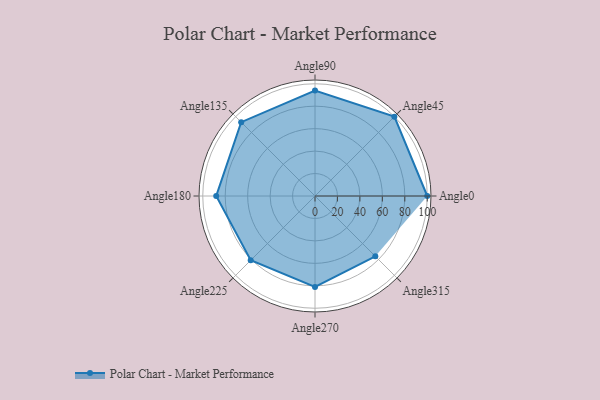
{"axis": {"x": "Angle", "y": "Radius"}, "legend": [""], "data": [{"x": "Angle0", "y": 100.0, "type": ""}, {"x": "Angle45", "y": 100.0, "type": ""}, {"x": "Angle90", "y": 94.0, "type": ""}, {"x": "Angle135", "y": 93.0, "type": ""}, {"x": "Angle180", "y": 88.0, "type": ""}, {"x": "Angle225", "y": 81.0, "type": ""}, {"x": "Angle270", "y": 81.0, "type": ""}, {"x": "Angle315", "y": 76.0, "type": ""}]}